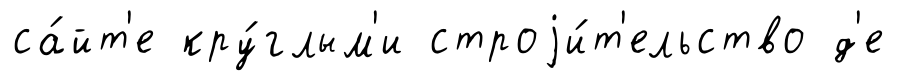
са́йт'е кру́глым'и строjи́т'ельство д'е